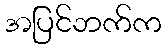
အပြင်ဘက်က